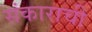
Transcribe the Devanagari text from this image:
संकाराची